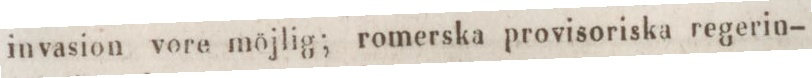
invasion vore möjlig; romerska provisoriska regerin-